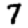
Digit: 7